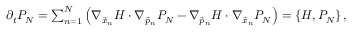
\begin{array} { r } { \partial _ { t } P _ { N } = \sum _ { n = 1 } ^ { N } \left( \nabla _ { \vec { x } _ { n } } H \cdot \nabla _ { \vec { p } _ { n } } P _ { N } - \nabla _ { \vec { p } _ { n } } H \cdot \nabla _ { \vec { x } _ { n } } P _ { N } \right) = \{ H , P _ { N } \} \, , } \end{array}